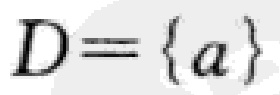
\(D = \{ a \}\)